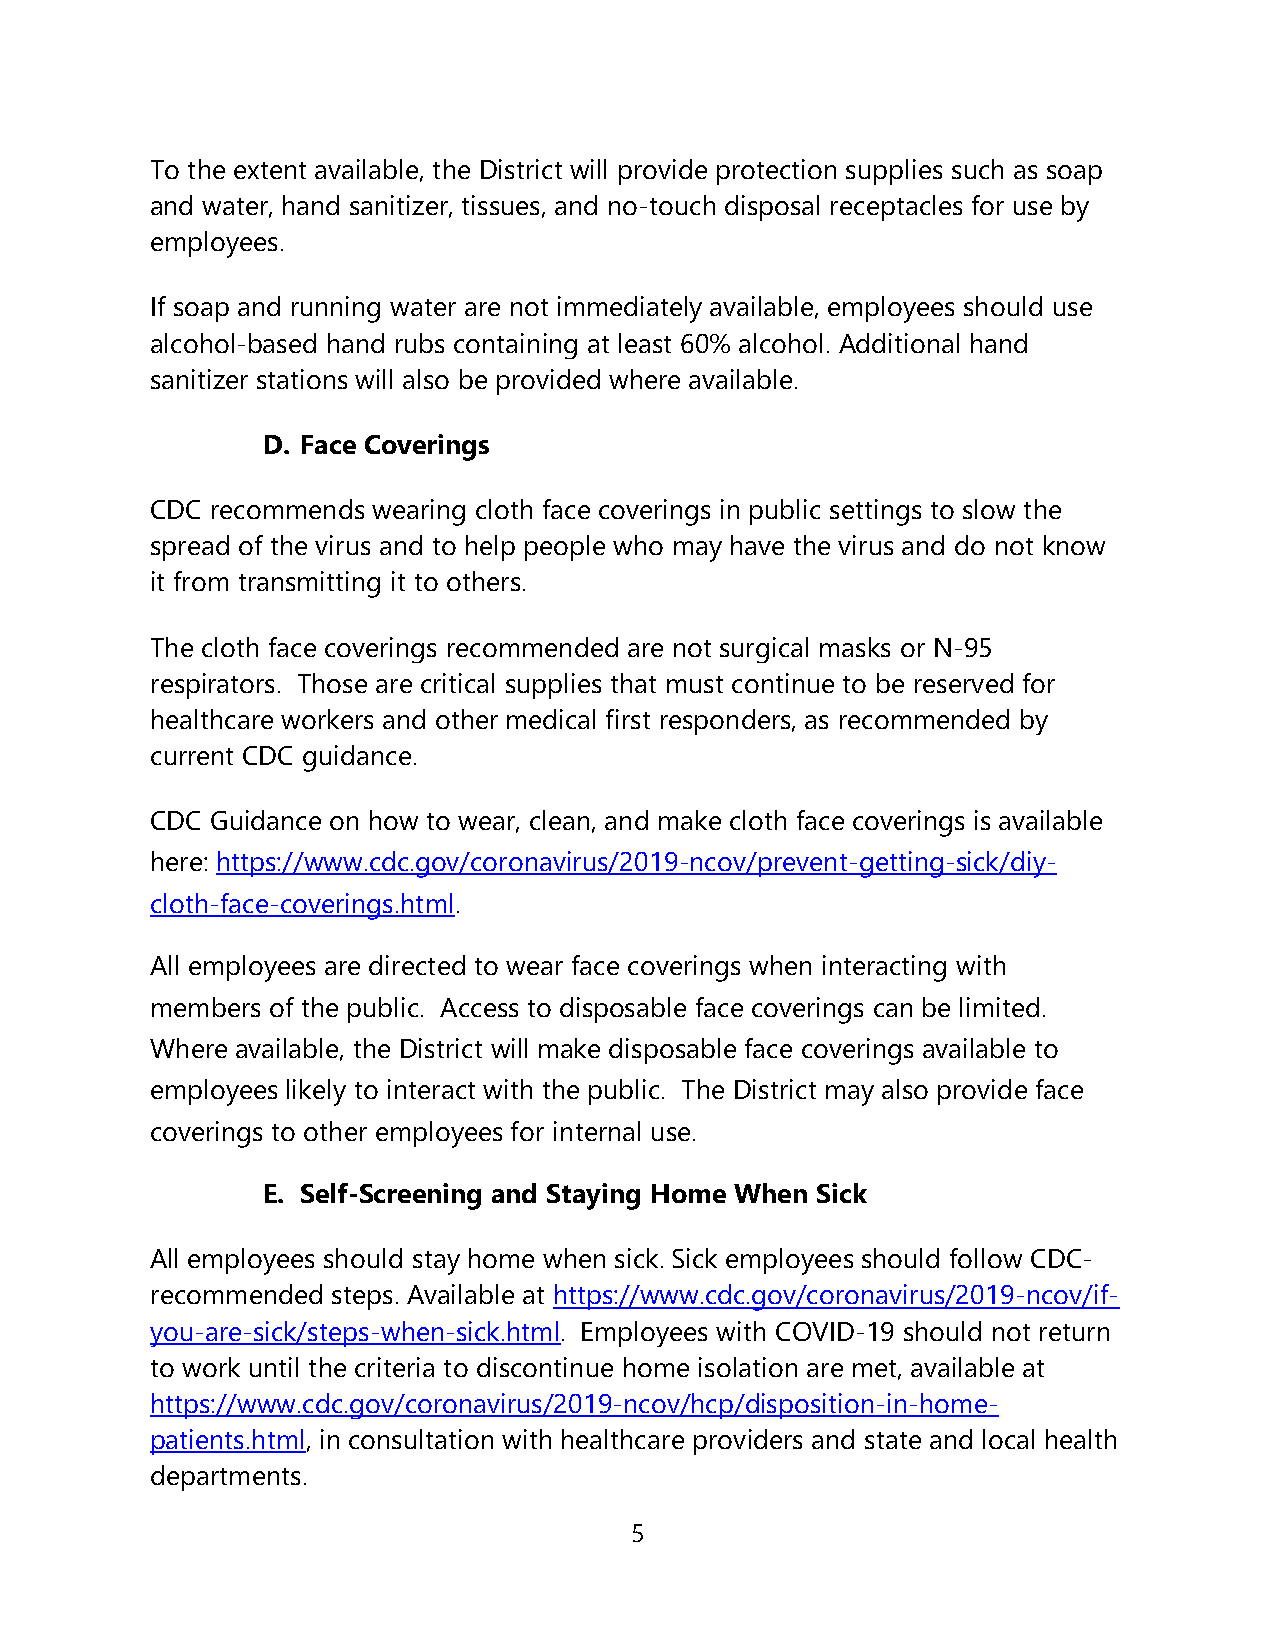
To the extent available, the District will provide protection supplies such as soap
 and water, hand sanitizer, tissues, and no-touch disposal receptacles for use by
 employees.
 If soap and running water are not immediately available, employees should use
 alcohol-based hand rubs containing at least 60% alcohol. Additional hand
 sanitizer stations will also be provided where available.
 D. Face Coverings
 CDC recommends wearing cloth face coverings in public settings to slow the
 spread of the virus and to help people who may have the virus and do not know
 it from transmitting it to others.
 The cloth face coverings recommended are not surgical masks or N-95
 respirators. Those are critical supplies that must continue to be reserved for
 healthcare workers and other medical first responders, as recommended by
 current CDC guidance.
 CDC Guidance on how to wear, clean, and make cloth face coverings is available
 here: https://www.cdc.gov/coronavirus/2019-ncov/prevent-getting-sick/diy-
 cloth-face-coverings.html.
 All employees are directed to wear face coverings when interacting with
 members of the public. Access to disposable face coverings can be limited.
 Where available, the District will make disposable face coverings available to
 employees likely to interact with the public. The District may also provide face
 coverings to other employees for internal use.
 E. Self-Screening and Staying Home When Sick
 All employees should stay home when sick. Sick employees should follow CDC-
 recommended steps. Available at https://www.cdc.gov/coronavirus/2019-ncov/if-
 you-are-sick/steps-when-sick.html. Employees with COVID-19 should not return
 to work until the criteria to discontinue home isolation are met, available at
 https://www.cdc.gov/coronavirus/2019-ncov/hcp/disposition-in-home-
 patients.html, in consultation with healthcare providers and state and local health
 departments.
 5